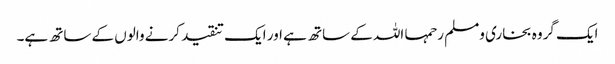
ایک گروہ بخاری ومسلم رحمہا اللہ کے ساتھ ہے اور ایک تنقید کرنے والوں کے ساتھ ہے۔